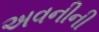
અવનીની